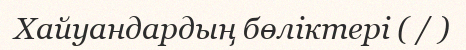
Хайуандардың бөліктері ( / )